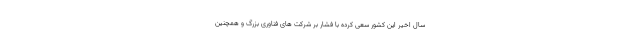
سال اخیر این کشور سعی کرده با فشار بر شرکت های فناوری بزرگ و همچنین